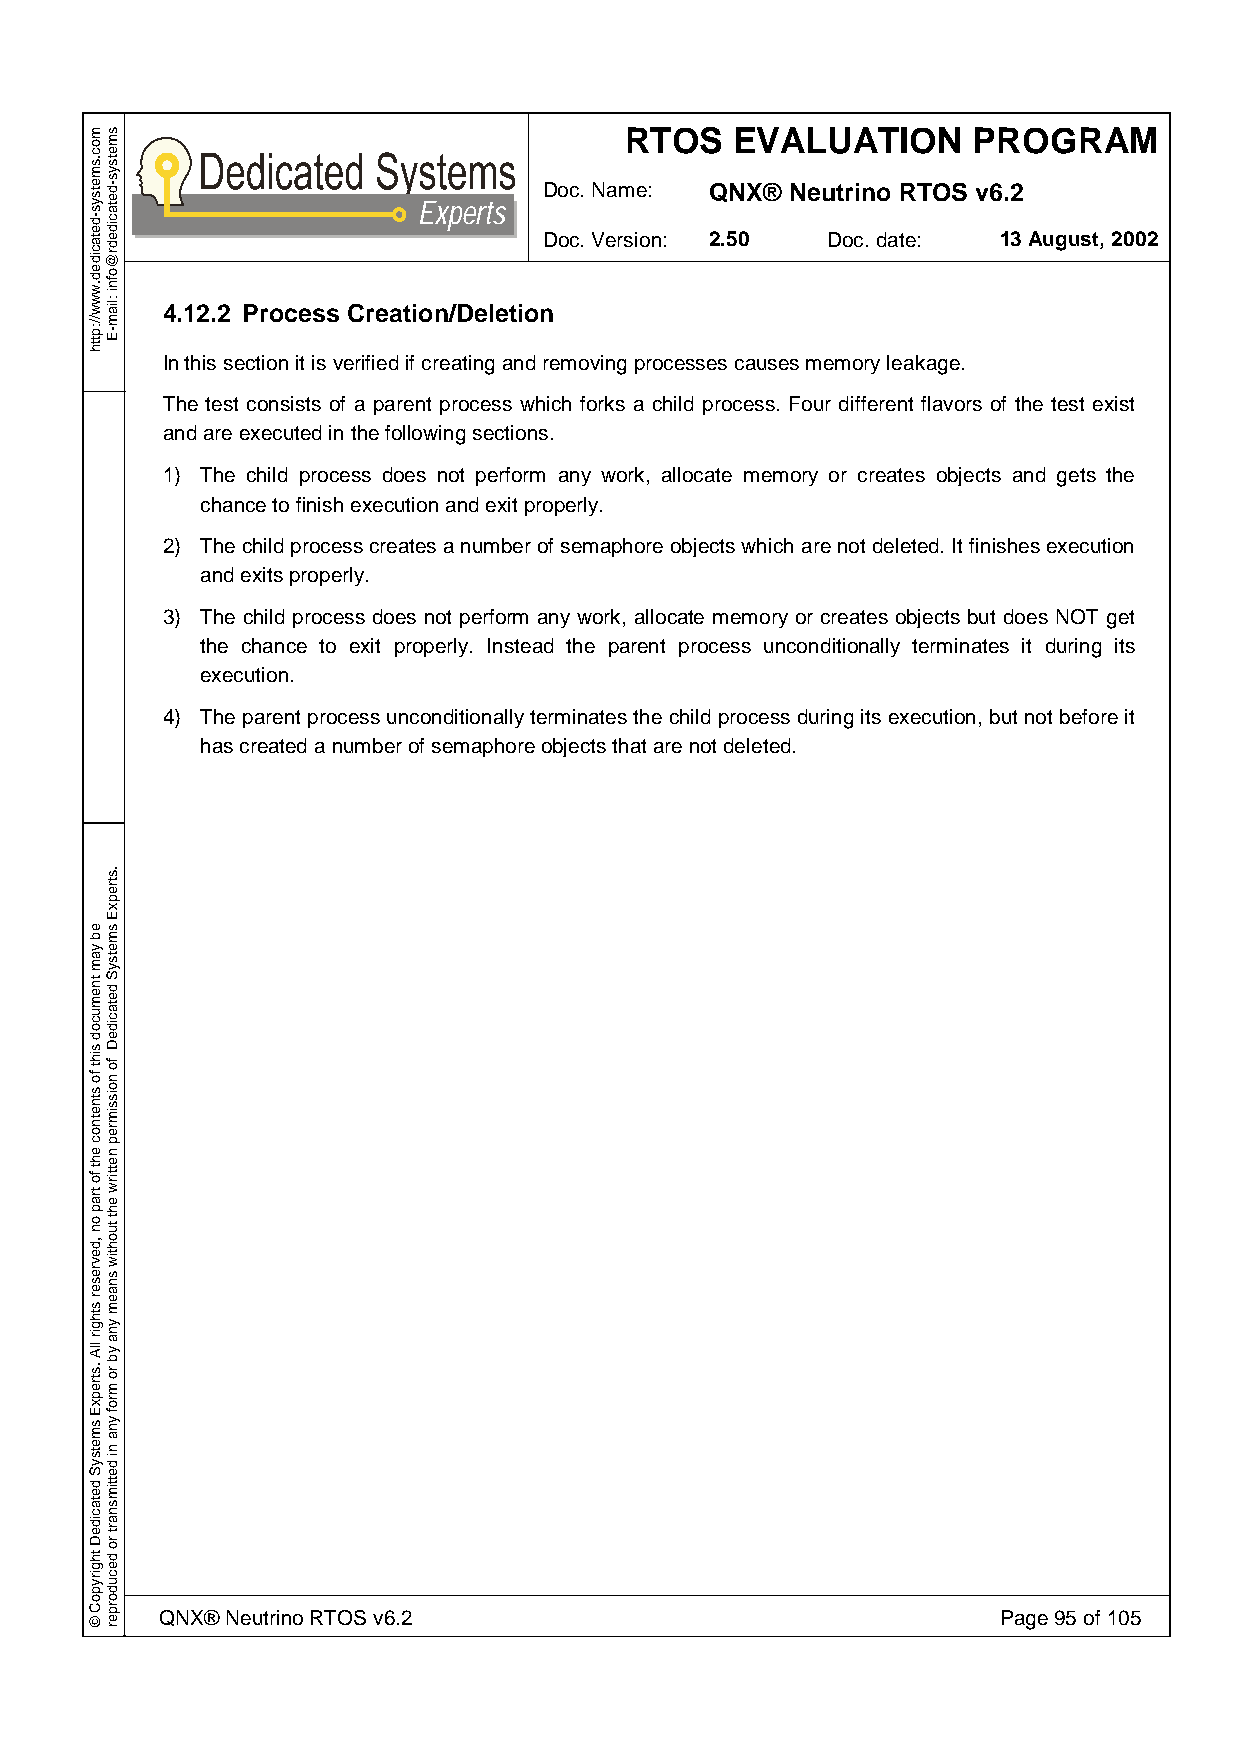
RTOS    EVALUATION     PROGRAM
 Doc. Name: QNX® Neutrino RTOS v6.2
 Experts
 Doc. Version: 2.50 Doc. date: 13 August, 2002
 4.12.2 Process Creation/Deletion
 In this section it is verified if creating and removing processes causes memory leakage.
 The test consists of a parent process which forks a child process. Four different flavors of the test exist
 and are executed in the following sections.
 1) The child process does not perform any work, allocate memory or creates objects and gets the
 chance to finish execution and exit properly.
 2) The child process creates a number of semaphore objects which are not deleted. It finishes execution
 and exits properly.
 3) The child process does not perform any work, allocate memory or creates objects but does NOT get
 the chance to exit properly. Instead the parent process unconditionally terminates it during its
 execution.
 4) The parent process unconditionally terminates the child process during its execution, but not before it
 has created a number of semaphore objects that are not deleted.
 QNX® Neutrino RTOS v6.2                                Page 95 of 105
 moc.smetsys-detacided.www//:ptth
 eb
 yam
 tnemucod
 siht
 fo
 stnetnoc
 eht
 fo
 trap
 on
 ,devreser
 sthgir
 llA
 .strepxE
 smetsyS
 detacideD
 thgirypoC
 ©
 smetsys-detacidedr@ofni
 :liam-E
 .strepxE
 smetsyS
 detacideD
 fo
 noissimrep
 nettirw
 eht
 tuohtiw
 snaem
 yna
 yb
 ro
 mrof
 yna
 ni
 dettimsnart
 ro
 decudorper